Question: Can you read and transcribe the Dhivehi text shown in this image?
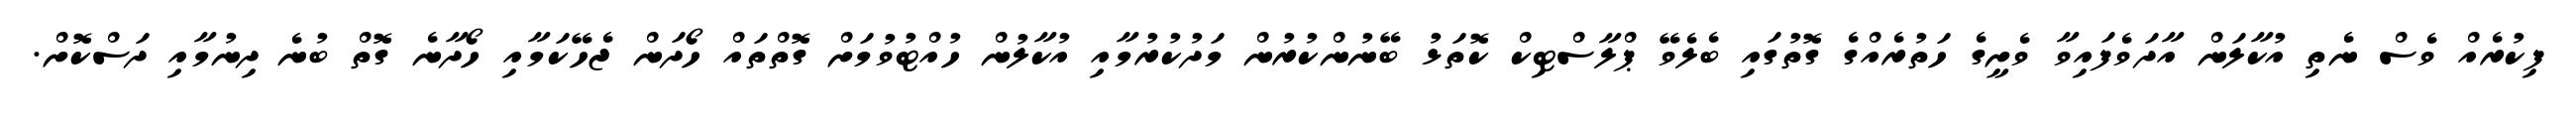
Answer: ފިކުރެއް ވެސް ނެތި އުކާލަން އާދަވެފައިވާ ވެށީގެ ހަތުރެއްގެ ގޮތުގައި ބެލެވޭ ޕްލާސްޓިކް ކޮތަޅު ބޭނުންކުރުން މަދުކުރުމާއި އުކާލުން ހުއްޓުވުމަށް ގޮތްތައް ހޯދަން ޖެހޭކަމާއި ހޯދާނެ ގޮތް ބުނެ ދިނުމާއި ދަސްކޮށް.